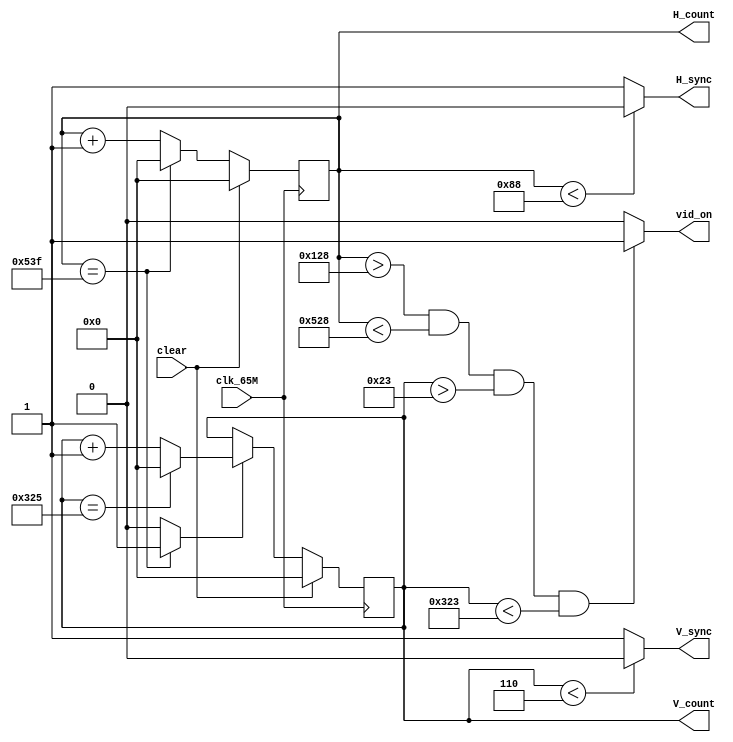
`timescale 1ns / 1ps
module vga_ctrl(
    input clk_65M,
    input clear,
    output reg V_sync,
    output reg H_sync,
    output [16:0] H_count,
    output [16:0] V_count,
    output reg vid_on
    );
   parameter HPIXELS =1344;
       parameter VLINES = 806;
       parameter HBP = 296;
       parameter HFP = 1320;
       parameter VBP = 35;
       parameter VFP = 803;
       parameter HSP = 136;
       parameter VSP = 6;
     
    reg [16:0] H_count_reg, H_count_next;
   
    always@(posedge clk_65M)
    begin
    if(clear==1'b1)
        H_count_reg<=17'd0;
    else
        H_count_reg<=H_count_next;
    end
    
    always@(*)
            begin
            H_count_next=H_count_reg;
            if(H_count_reg == HPIXELS - 1)
                H_count_next=17'd0;
            else
                H_count_next=H_count_reg+1;
            end
            
    assign H_count= H_count_reg;
    
    always@(*)
            begin
            if(H_count_reg<HSP)
                H_sync=1'b0;
            else
                H_sync=1'b1;
            end    
    
    reg V_count_en;
        always@(*)
        begin
        if(H_count_reg==HPIXELS-1)
            V_count_en<=1'b1;
        else
            V_count_en<=1'b0;
        end
   
   // code for V_count_next 
   reg [16:0] V_count_reg, V_count_next;
   always@(posedge clk_65M)
                begin
                if(clear==1'b1)
                    V_count_reg<=17'd0;
                else
                    V_count_reg<=V_count_next;
                end
                
                            
    always@(*)
    begin
    V_count_next=V_count_reg;
    if(V_count_en==1'b1)
        if(V_count_reg == VLINES-1)
            V_count_next=17'd0;
        else
            V_count_next=V_count_reg + 1;
    end
    
    assign V_count= V_count_reg;
    
    always@(*)
    begin
    if(V_count_reg<VSP)
        V_sync=1'b0;
    else
        V_sync=1'b1;
    end
    
    always@(*)
    begin
    if((H_count_reg>HBP) && (H_count_reg<HFP) && (V_count_reg > VBP) && (V_count_reg<VFP))
        vid_on=1'b1;
    else
        vid_on=1'b0;
    end
   
endmodule